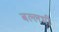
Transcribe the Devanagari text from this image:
बल्लभी